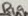
Text: R19